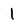
Character: l